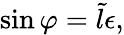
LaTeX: \sin\varphi=\tilde{l}\epsilon,